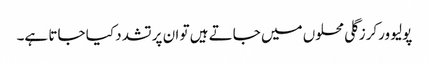
پولیو ورکرز گلی محلوں میں جاتے ہیں تو ان پر تشدد کیا جاتا ہے۔